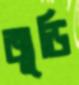
জুড়ি